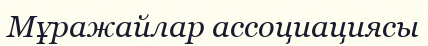
Мұражайлар ассоциациясы